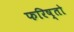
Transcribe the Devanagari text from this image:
फरिष्तो